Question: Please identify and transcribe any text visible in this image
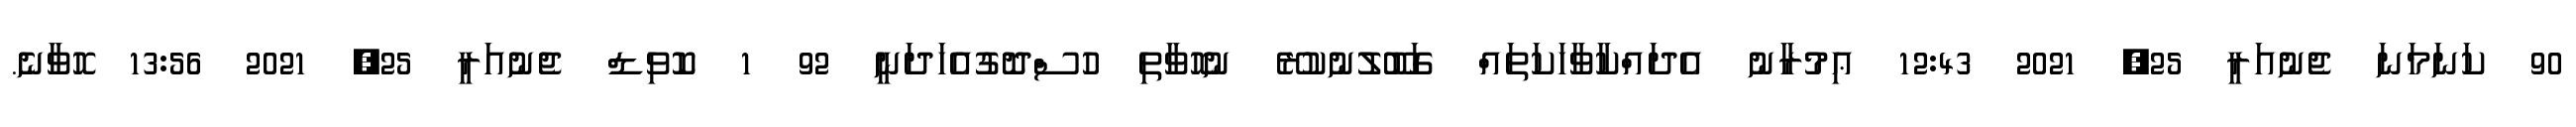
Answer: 90 ކަނަމަނަ ޖެނުއަރީ 25, 2021 12:43 ޢިމުރާނު އެދައްކާވާހަކަތައް ގަބޫލުނުކުރޭ ނުހޮވާތި ހުސްދޮގުއެހަދަނީ 92 1 ކޮވިޑް ޖެނުއަރީ 25, 2021 13:56 ހޮވާނެ.